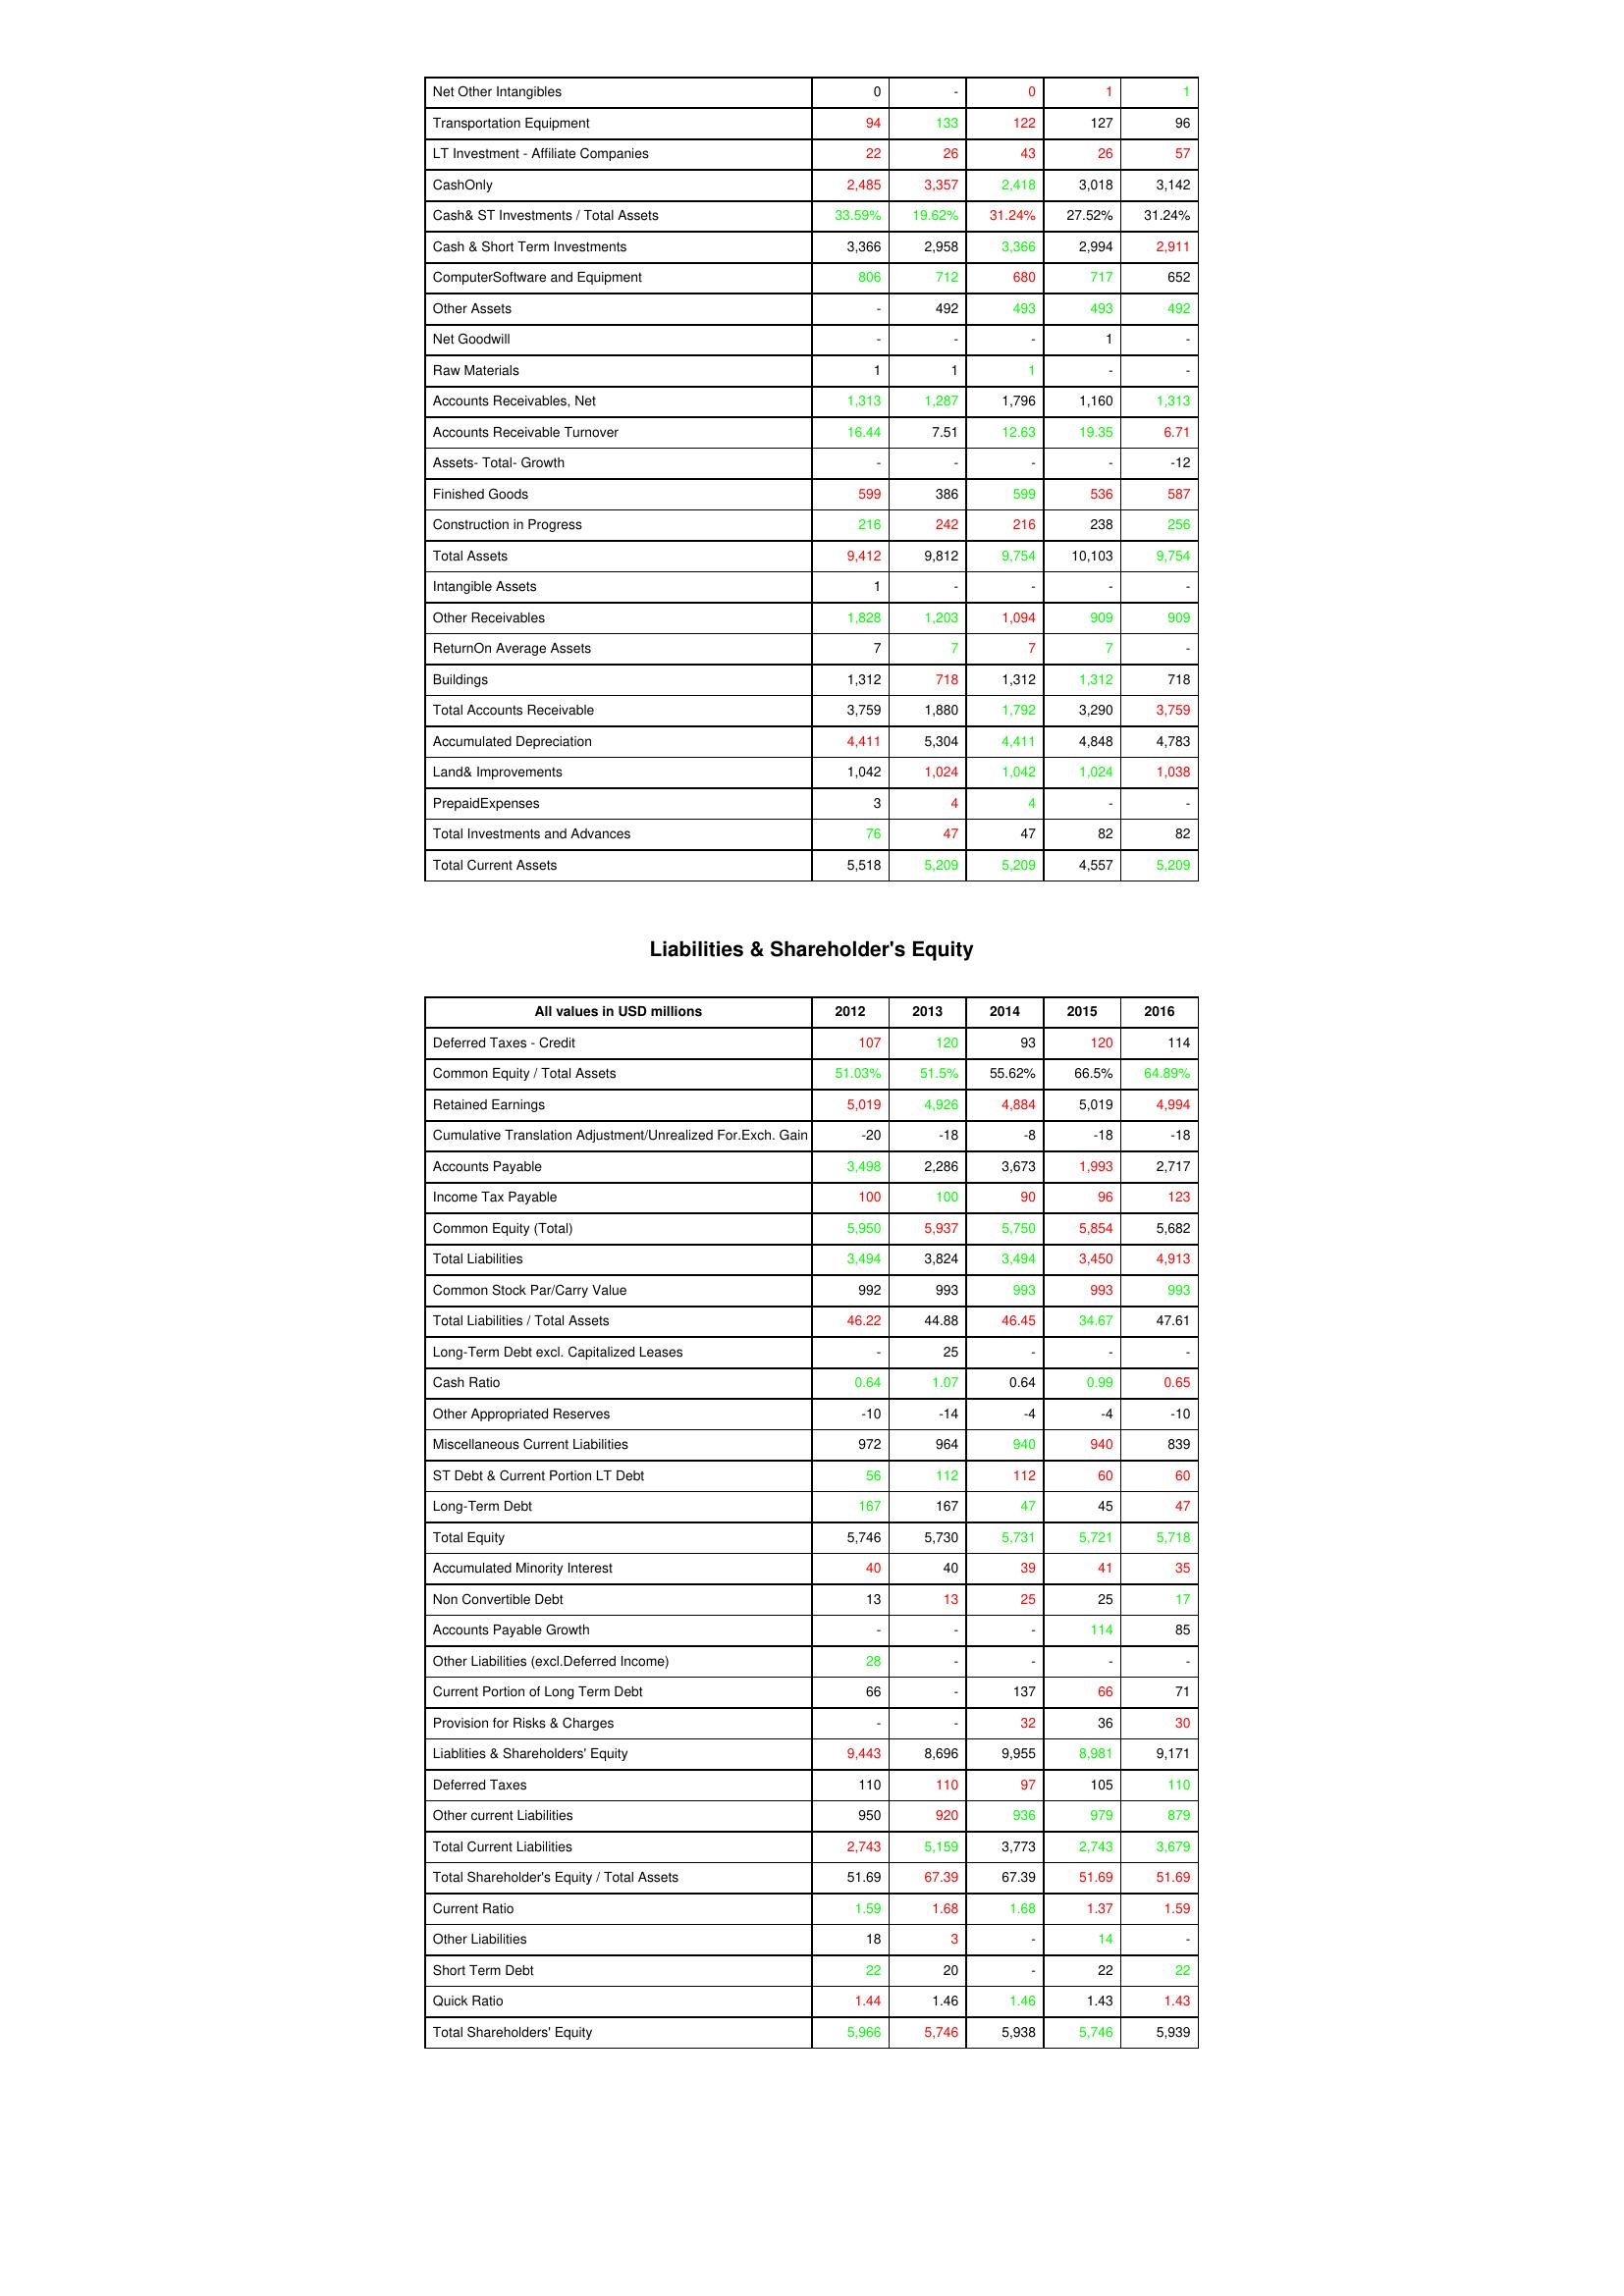
gt_parse: 2012: Assets: Net Other Intangibles: 0
Transportation Equipment: 94
LT Investment - Affiliate Companies: 22
CashOnly: 2,485
Cash& ST Investments / Total Assets: 33.59%
Cash & Short Term Investments: 3,366
ComputerSoftware and Equipment: 806
Other Assets: -
Net Goodwill: -
Raw Materials: 1
Accounts Receivables, Net: 1,313
Accounts Receivable Turnover: 16.44
Assets- Total- Growth: -
Finished Goods: 599
Construction in Progress: 216
Total Assets: 9,412
Intangible Assets: 1
Other Receivables: 1,828
ReturnOn Average Assets: 7
Buildings: 1,312
Total Accounts Receivable: 3,759
Accumulated Depreciation: 4,411
Land& Improvements: 1,042
PrepaidExpenses: 3
Total Investments and Advances: 76
Total Current Assets: 5,518
Liabilities & Shareholder's Equity: Deferred Taxes - Credit: 107
Common Equity / Total Assets: 51.03%
Retained Earnings: 5,019
Cumulative Translation Adjustment/Unrealized For.Exch. Gain: -20
Accounts Payable: 3,498
Income Tax Payable: 100
Common Equity (Total): 5,950
Total Liabilities: 3,494
Common Stock Par/Carry Value: 992
Total Liabilities / Total Assets: 46.22
Long-Term Debt excl. Capitalized Leases: -
Cash Ratio: 0.64
Other Appropriated Reserves: -10
Miscellaneous Current Liabilities: 972
ST Debt & Current Portion LT Debt: 56
Long-Term Debt: 167
Total Equity: 5,746
Accumulated Minority Interest: 40
Non Convertible Debt: 13
Accounts Payable Growth: -
Other Liabilities (excl.Deferred Income): 28
Current Portion of Long Term Debt: 66
Provision for Risks & Charges: -
Liablities & Shareholders' Equity: 9,443
Deferred Taxes: 110
Other current Liabilities: 950
Total Current Liabilities: 2,743
Total Shareholder's Equity / Total Assets: 51.69
Current Ratio: 1.59
Other Liabilities: 18
Short Term Debt: 22
Quick Ratio: 1.44
Total Shareholders' Equity: 5,966
2013: Assets: Net Other Intangibles: -
Transportation Equipment: 133
LT Investment - Affiliate Companies: 26
CashOnly: 3,357
Cash& ST Investments / Total Assets: 19.62%
Cash & Short Term Investments: 2,958
ComputerSoftware and Equipment: 712
Other Assets: 492
Net Goodwill: -
Raw Materials: 1
Accounts Receivables, Net: 1,287
Accounts Receivable Turnover: 7.51
Assets- Total- Growth: -
Finished Goods: 386
Construction in Progress: 242
Total Assets: 9,812
Intangible Assets: -
Other Receivables: 1,203
ReturnOn Average Assets: 7
Buildings: 718
Total Accounts Receivable: 1,880
Accumulated Depreciation: 5,304
Land& Improvements: 1,024
PrepaidExpenses: 4
Total Investments and Advances: 47
Total Current Assets: 5,209
Liabilities & Shareholder's Equity: Deferred Taxes - Credit: 120
Common Equity / Total Assets: 51.5%
Retained Earnings: 4,926
Cumulative Translation Adjustment/Unrealized For.Exch. Gain: -18
Accounts Payable: 2,286
Income Tax Payable: 100
Common Equity (Total): 5,937
Total Liabilities: 3,824
Common Stock Par/Carry Value: 993
Total Liabilities / Total Assets: 44.88
Long-Term Debt excl. Capitalized Leases: 25
Cash Ratio: 1.07
Other Appropriated Reserves: -14
Miscellaneous Current Liabilities: 964
ST Debt & Current Portion LT Debt: 112
Long-Term Debt: 167
Total Equity: 5,730
Accumulated Minority Interest: 40
Non Convertible Debt: 13
Accounts Payable Growth: -
Other Liabilities (excl.Deferred Income): -
Current Portion of Long Term Debt: -
Provision for Risks & Charges: -
Liablities & Shareholders' Equity: 8,696
Deferred Taxes: 110
Other current Liabilities: 920
Total Current Liabilities: 5,159
Total Shareholder's Equity / Total Assets: 67.39
Current Ratio: 1.68
Other Liabilities: 3
Short Term Debt: 20
Quick Ratio: 1.46
Total Shareholders' Equity: 5,746
2014: Assets: Net Other Intangibles: 0
Transportation Equipment: 122
LT Investment - Affiliate Companies: 43
CashOnly: 2,418
Cash& ST Investments / Total Assets: 31.24%
Cash & Short Term Investments: 3,366
ComputerSoftware and Equipment: 680
Other Assets: 493
Net Goodwill: -
Raw Materials: 1
Accounts Receivables, Net: 1,796
Accounts Receivable Turnover: 12.63
Assets- Total- Growth: -
Finished Goods: 599
Construction in Progress: 216
Total Assets: 9,754
Intangible Assets: -
Other Receivables: 1,094
ReturnOn Average Assets: 7
Buildings: 1,312
Total Accounts Receivable: 1,792
Accumulated Depreciation: 4,411
Land& Improvements: 1,042
PrepaidExpenses: 4
Total Investments and Advances: 47
Total Current Assets: 5,209
Liabilities & Shareholder's Equity: Deferred Taxes - Credit: 93
Common Equity / Total Assets: 55.62%
Retained Earnings: 4,884
Cumulative Translation Adjustment/Unrealized For.Exch. Gain: -8
Accounts Payable: 3,673
Income Tax Payable: 90
Common Equity (Total): 5,750
Total Liabilities: 3,494
Common Stock Par/Carry Value: 993
Total Liabilities / Total Assets: 46.45
Long-Term Debt excl. Capitalized Leases: -
Cash Ratio: 0.64
Other Appropriated Reserves: -4
Miscellaneous Current Liabilities: 940
ST Debt & Current Portion LT Debt: 112
Long-Term Debt: 47
Total Equity: 5,731
Accumulated Minority Interest: 39
Non Convertible Debt: 25
Accounts Payable Growth: -
Other Liabilities (excl.Deferred Income): -
Current Portion of Long Term Debt: 137
Provision for Risks & Charges: 32
Liablities & Shareholders' Equity: 9,955
Deferred Taxes: 97
Other current Liabilities: 936
Total Current Liabilities: 3,773
Total Shareholder's Equity / Total Assets: 67.39
Current Ratio: 1.68
Other Liabilities: -
Short Term Debt: -
Quick Ratio: 1.46
Total Shareholders' Equity: 5,938
2015: Assets: Net Other Intangibles: 1
Transportation Equipment: 127
LT Investment - Affiliate Companies: 26
CashOnly: 3,018
Cash& ST Investments / Total Assets: 27.52%
Cash & Short Term Investments: 2,994
ComputerSoftware and Equipment: 717
Other Assets: 493
Net Goodwill: 1
Raw Materials: -
Accounts Receivables, Net: 1,160
Accounts Receivable Turnover: 19.35
Assets- Total- Growth: -
Finished Goods: 536
Construction in Progress: 238
Total Assets: 10,103
Intangible Assets: -
Other Receivables: 909
ReturnOn Average Assets: 7
Buildings: 1,312
Total Accounts Receivable: 3,290
Accumulated Depreciation: 4,848
Land& Improvements: 1,024
PrepaidExpenses: -
Total Investments and Advances: 82
Total Current Assets: 4,557
Liabilities & Shareholder's Equity: Deferred Taxes - Credit: 120
Common Equity / Total Assets: 66.5%
Retained Earnings: 5,019
Cumulative Translation Adjustment/Unrealized For.Exch. Gain: -18
Accounts Payable: 1,993
Income Tax Payable: 96
Common Equity (Total): 5,854
Total Liabilities: 3,450
Common Stock Par/Carry Value: 993
Total Liabilities / Total Assets: 34.67
Long-Term Debt excl. Capitalized Leases: -
Cash Ratio: 0.99
Other Appropriated Reserves: -4
Miscellaneous Current Liabilities: 940
ST Debt & Current Portion LT Debt: 60
Long-Term Debt: 45
Total Equity: 5,721
Accumulated Minority Interest: 41
Non Convertible Debt: 25
Accounts Payable Growth: 114
Other Liabilities (excl.Deferred Income): -
Current Portion of Long Term Debt: 66
Provision for Risks & Charges: 36
Liablities & Shareholders' Equity: 8,981
Deferred Taxes: 105
Other current Liabilities: 979
Total Current Liabilities: 2,743
Total Shareholder's Equity / Total Assets: 51.69
Current Ratio: 1.37
Other Liabilities: 14
Short Term Debt: 22
Quick Ratio: 1.43
Total Shareholders' Equity: 5,746
2016: Assets: Net Other Intangibles: 1
Transportation Equipment: 96
LT Investment - Affiliate Companies: 57
CashOnly: 3,142
Cash& ST Investments / Total Assets: 31.24%
Cash & Short Term Investments: 2,911
ComputerSoftware and Equipment: 652
Other Assets: 492
Net Goodwill: -
Raw Materials: -
Accounts Receivables, Net: 1,313
Accounts Receivable Turnover: 6.71
Assets- Total- Growth: -12
Finished Goods: 587
Construction in Progress: 256
Total Assets: 9,754
Intangible Assets: -
Other Receivables: 909
ReturnOn Average Assets: -
Buildings: 718
Total Accounts Receivable: 3,759
Accumulated Depreciation: 4,783
Land& Improvements: 1,038
PrepaidExpenses: -
Total Investments and Advances: 82
Total Current Assets: 5,209
Liabilities & Shareholder's Equity: Deferred Taxes - Credit: 114
Common Equity / Total Assets: 64.89%
Retained Earnings: 4,994
Cumulative Translation Adjustment/Unrealized For.Exch. Gain: -18
Accounts Payable: 2,717
Income Tax Payable: 123
Common Equity (Total): 5,682
Total Liabilities: 4,913
Common Stock Par/Carry Value: 993
Total Liabilities / Total Assets: 47.61
Long-Term Debt excl. Capitalized Leases: -
Cash Ratio: 0.65
Other Appropriated Reserves: -10
Miscellaneous Current Liabilities: 839
ST Debt & Current Portion LT Debt: 60
Long-Term Debt: 47
Total Equity: 5,718
Accumulated Minority Interest: 35
Non Convertible Debt: 17
Accounts Payable Growth: 85
Other Liabilities (excl.Deferred Income): -
Current Portion of Long Term Debt: 71
Provision for Risks & Charges: 30
Liablities & Shareholders' Equity: 9,171
Deferred Taxes: 110
Other current Liabilities: 879
Total Current Liabilities: 3,679
Total Shareholder's Equity / Total Assets: 51.69
Current Ratio: 1.59
Other Liabilities: -
Short Term Debt: 22
Quick Ratio: 1.43
Total Shareholders' Equity: 5,939